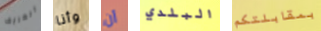
العريف وأنا أن البلدي بمقابلتكم